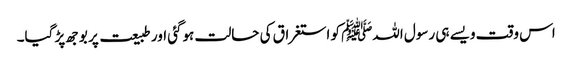
اس وقت ویسے ہی رسول اللہﷺ کو استغراق کی حالت ہوگئی اور طبیعت پر بوجھ پڑ گیا۔